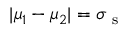
| \mu _ { 1 } - \mu _ { 2 } | = \sigma _ { \mathrm { ~ s ~ } }